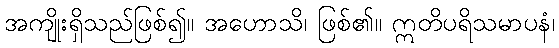
အကျိုးရှိသည်ဖြစ်၍။ အဟောသိ၊ ဖြစ်၏။ ဣတိပရိသမာပနံ၊